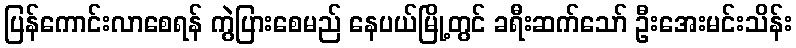
ပြန်ကောင်းလာစေရန် ကွဲပြားစေမည် နေပယ်မြို့တွင် ခရီးဆက်သော် ဦးအေးမင်းသိန်း